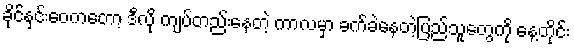
ခိုင်နှင်းဝေကတော့ ဒီလို ကျပ်တည်းနေတဲ့ ကာလမှာ ခက်ခဲနေတဲ့ပြည်သူတွေကို နေ့တိုင်း